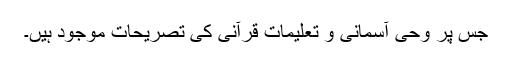
جس پر وحی آسمانی و تعلیمات قرآنی کی تصریحات موجود ہیں۔